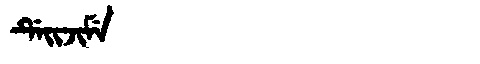
Manchu: ᡩᡝᡳᠵᡳᠮᡝ
Romanization: DEIJIME